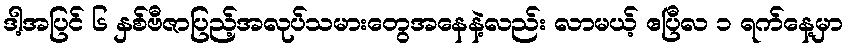
ဒါ့အပြင် ၆ နှစ်ဗီဇာပြည့်အလုပ်သမားတွေအနေနဲ့လည်း လာမယ့် ဧပြီလ ၁ ရက်နေ့မှာ